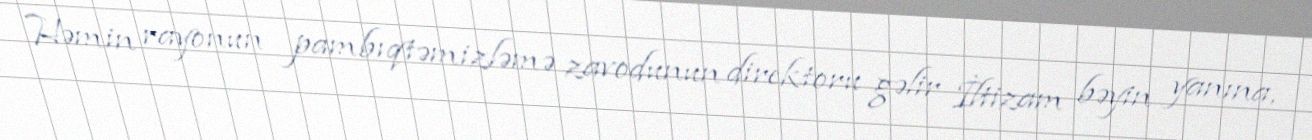
Həmin rayonun pambıqtəmizləmə zavodunun direktoru gəlir İltizam bəyin yanına,